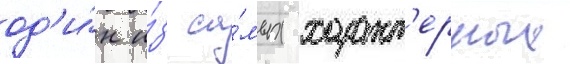
од'и́н и́з са́мых характ'ерных